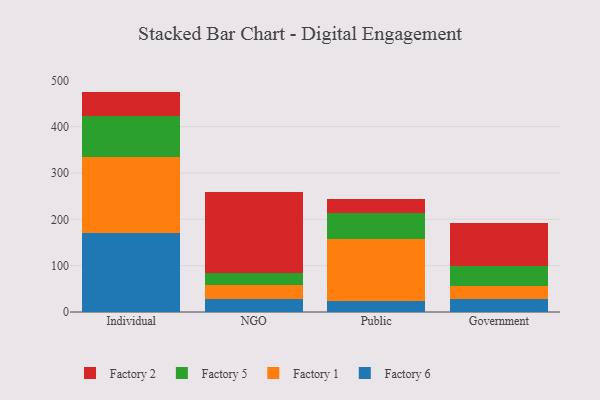
{"axis": {"x": "Segment", "y": "Demand Index"}, "legend": ["Factory 1", "Factory 2", "Factory 5", "Factory 6"], "data": [{"x": "Individual", "y": 170.4, "type": "Factory 6"}, {"x": "Individual", "y": 163.8, "type": "Factory 1"}, {"x": "Individual", "y": 89.4, "type": "Factory 5"}, {"x": "Individual", "y": 52.1, "type": "Factory 2"}, {"x": "NGO", "y": 28.1, "type": "Factory 6"}, {"x": "NGO", "y": 30.9, "type": "Factory 1"}, {"x": "NGO", "y": 24.8, "type": "Factory 5"}, {"x": "NGO", "y": 174.6, "type": "Factory 2"}, {"x": "Public", "y": 24.5, "type": "Factory 6"}, {"x": "Public", "y": 132.4, "type": "Factory 1"}, {"x": "Public", "y": 56.6, "type": "Factory 5"}, {"x": "Public", "y": 30.4, "type": "Factory 2"}, {"x": "Government", "y": 28.0, "type": "Factory 6"}, {"x": "Government", "y": 28.6, "type": "Factory 1"}, {"x": "Government", "y": 43.3, "type": "Factory 5"}, {"x": "Government", "y": 91.7, "type": "Factory 2"}]}